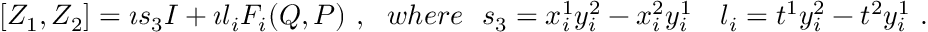
[ Z _ { 1 } , Z _ { 2 } ] = \imath s _ { 3 } I + \imath l _ { i } F _ { i } ( Q , P ) \ , \ \ w h e r e \ \ s _ { 3 } = x _ { i } ^ { 1 } y _ { i } ^ { 2 } - x _ { i } ^ { 2 } y _ { i } ^ { 1 } \quad l _ { i } = t ^ { 1 } y _ { i } ^ { 2 } - t ^ { 2 } y _ { i } ^ { 1 } \ .